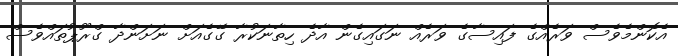
އެކޮންމެވެސް ވަރެއްގެ ފައިސާގެ ވަރެއް ނަގައިގެން އާދެ ހިތާނަކުރާ ގޭގެއަށް ނަށަންދާ ގްރޫޕުތައްވެސް